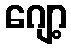
ဂျော့